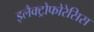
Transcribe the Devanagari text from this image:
इलैक्ट्रोफोरेसिस